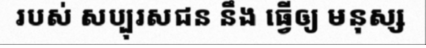
របស់ សប្បុរសជន នឹង ធ្វើឲ្យ មនុស្ស